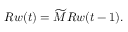
R w ( t ) = \widetilde { M } R w ( t - 1 ) .